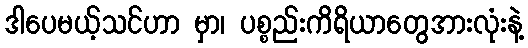
ဒါပေမယ့်သင်ဟာ မှာ၊ ပစ္စည်းကိရိယာတွေအားလုံးနဲ့